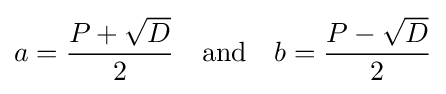
a={\frac {P+{\sqrt {D}}}{2}}\quad {\text{and}}\quad b={\frac {P-{\sqrt {D}}}{2}}